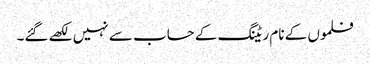
فلموں کے نام ریٹنگ کے حساب سے نہیں لکھے گئے۔